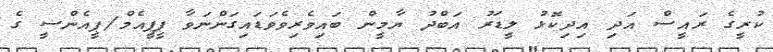
ކުރީގެ ރައީސް އަދި އިދިކޮޅު ލީޑަރު އަބްދު ޔާމީން ބައިވެރިވެވަޑައިގަންނަވާ ޕީޕީއެމް/ޕީއެންސީ ގެ